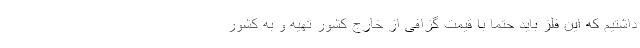
داشتیم که این فلز باید حتما با قیمت گزافی از خارج کشور تهیه و به کشور